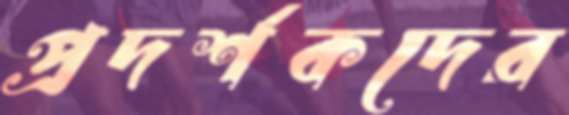
প্রদর্শকদের